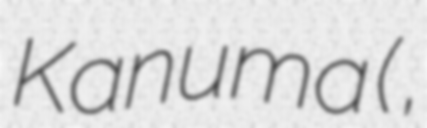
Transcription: Kanuma (鹿沼 直生,